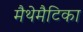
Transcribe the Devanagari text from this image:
मैथेमैटिका